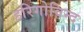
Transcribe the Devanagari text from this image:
हरिगोविन्द